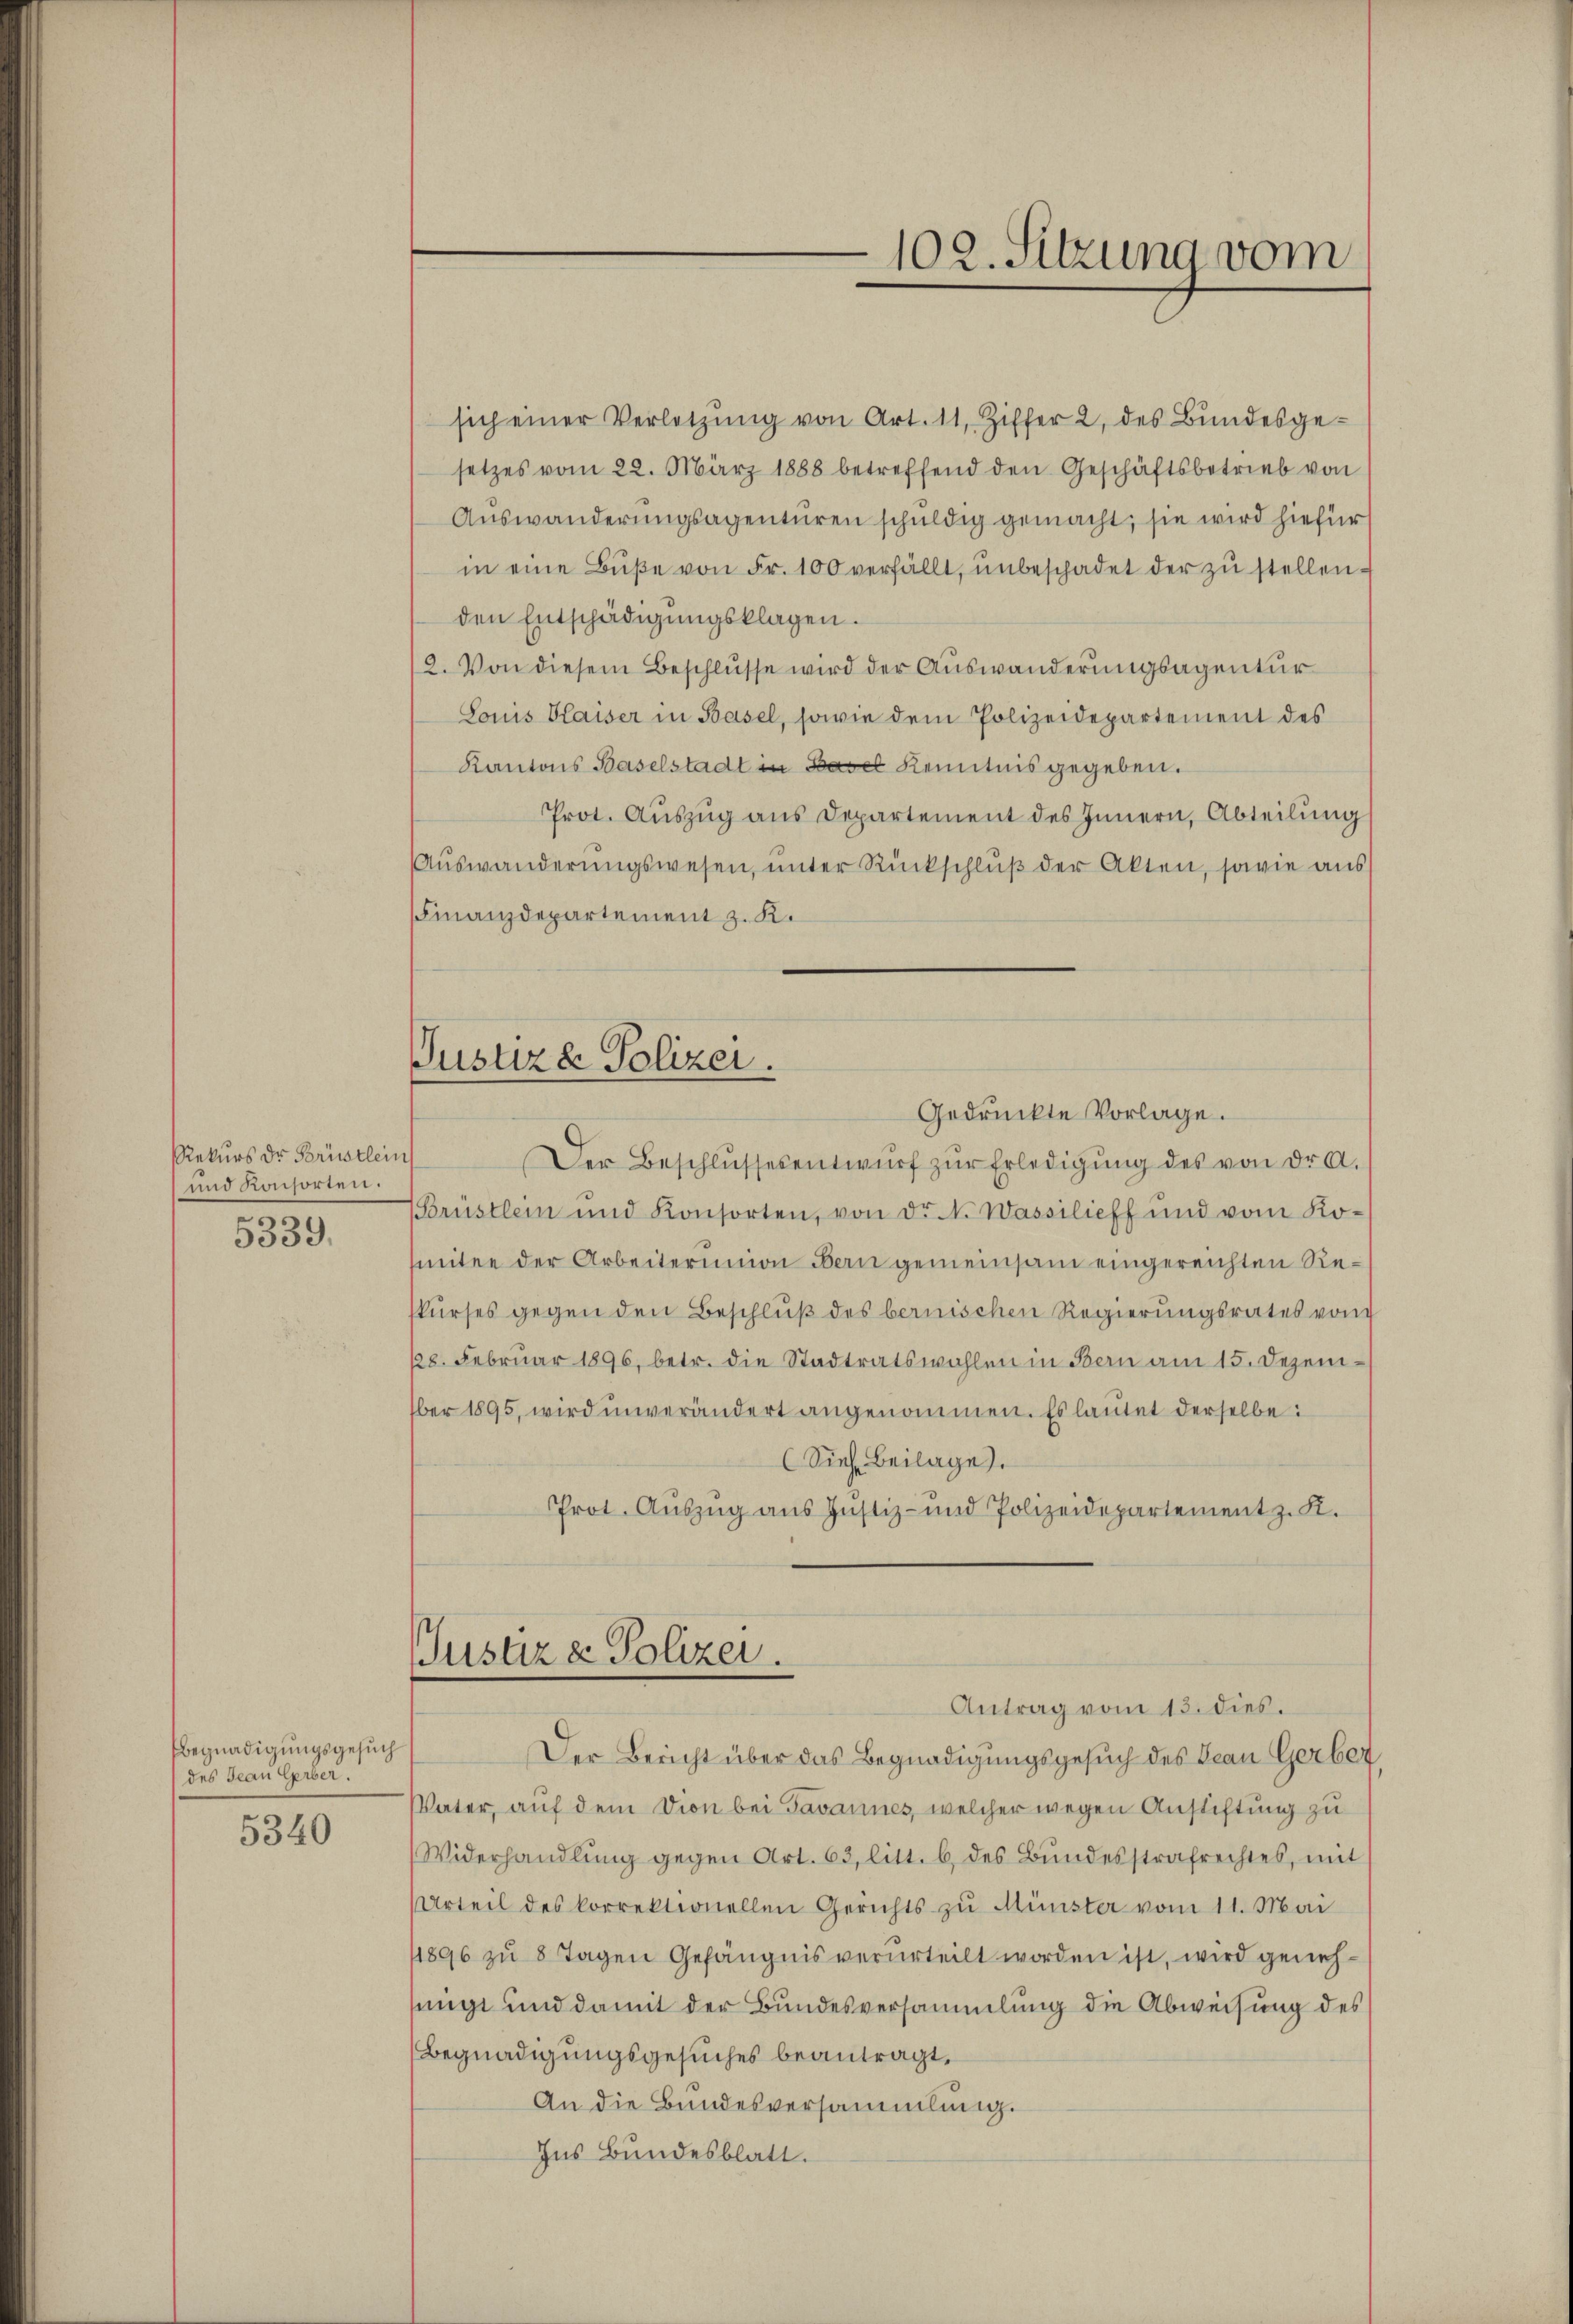
Rekurs der Brüstlein
und Konsorten.
o
5339.

Begnadigungsgesuch
(des Jean Gerber.

5340

sich einer Verletzŭng von Art. 11, Ziffer 2, des Bundesgesetzes vom 22. März 1888 betreffend den Geschäftsbetrieb von
Auswanderungsagenturen schuldig gemacht; sie wird hiefür
in eine Bŭβe von Fr. 100 verfällt, unbeschadet der zu stellenden Entschädigŭngsklagen.
2. Von diesem Beschlüsse wird der Auswanderungsagentur
Louis Blaiser in Basel, sowie dem Polizeidepartement des
Kantons Baselstadt in Basel Kenntnis gegeben.
Prot. Auszug aus Departement des Innern, Abteilung
Aŭswanderŭngswesen, ŭnter Rückschlŭβ der Akten, sowie aus
Finanzdepartement z. K.
Der Beschlŭssesentwŭrf zŭr Erledigŭng des von dr a.
Brüstlein und Konsorten, von dr N. Wassilieff und vom Komitee der Arbeiterunion Bern gemeinsam eingereichten Reskurses gegen den Beschluß des bernischen Regierungsrates vom
18. Februar 1896. betr. die Stadtratswahlen in Bern am 15. Dezember 1895, wird unverändert angenommen. Es lautet derselbe:
Sieh. Beilage.
Prot. Aŭszŭg ans Justiz- und Polizeidepartement z. K.
Justiz & Polizei.
Antrag vom 13. dies.
Der Bericht über das Begnadigungsgesuch des Beau Gerber
Vater, auf dem Dion bei Javannes, welcher wegen Anstiftung zu
Widerhandlŭng gegen Art. 63, litt. b. des Bundesstrafrechtes, mit
Urteil des korrektionellen Gerichts zu Münster vom 11. Mai
11896 zu 8 Tagen Gefängnis verurteilt worden ist, wird genehsingt und damit der Bundesversammlung die Abweisung des
Begnadigungsgesuches beantragt,
An die Bundesversammlung.
Ins Bundesblatt.

102. Sitzung vom

Justiz & Polizei.
Gedrückte Vorlage.